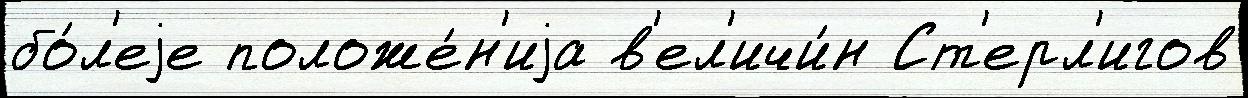
бо́л'еjе положе́н'иjа в'ел'ичи́н Ст'ерл'игов